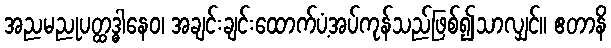
အညမညုပတ္ထဒ္ဓါနေဝ၊ အချင်းချင်းထောက်ပံ့အပ်ကုန်သည်ဖြစ်၍သာလျှင်။ ဧတာနိ